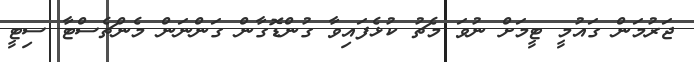
ޖަރުމަން ގައުމީ ޓީމަށް ނުވަ މެޗު ކުޅެފައިވާ ގުންޑޮގާން ގަންނަން މެންޗެސްޓާ ސިޓީ